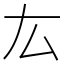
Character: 厷